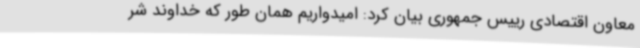
معاون اقتصادی رییس جمهوری بیان کرد: امیدواریم همان طور که خداوند شر